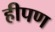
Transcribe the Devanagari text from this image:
हीपण